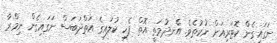
ނަގައިގެން ކޮޓަރިއަށް ނުކުތެވެ. އެނދުމަތީ އޮތް ފެހި ކުލައިގެ އަތްދަބަސް ނަގައިގެން ނިމްރާ